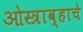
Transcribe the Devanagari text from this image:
ओस्त्राव्हाचे